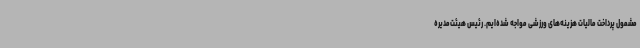
مشمول پرداخت مالیات هزینه‌های ورزشی مواجه شده‌ایم. رئیس هیئت‌مدیره